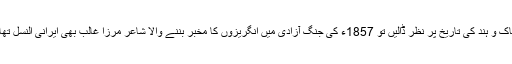
پاک و ہند کی تاریخ پر نظر ڈالیں تو 1857ء کی جنگ آزادی میں انگریزوں کا مخبر بننے والا شاعر مرزا غالب بھی ایرانی النسل تھا۔